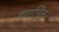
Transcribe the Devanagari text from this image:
वरामिन